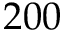
2 0 0